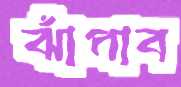
ঝাঁপাব